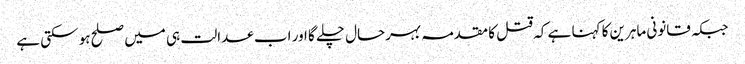
جبکہ قانونی ماہرین کا کہنا ہے کہ قتل کا مقدمہ بہرحال چلے گا اور اب عدالت ہی میں صلح ہو سکتی ہے